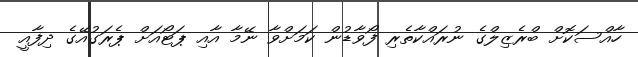
ހާއްސަކޮށް ބްރެޒިލްގެ ނުރައްކާތެރި ފޯވާޑުން ކަމަށްވާ ނޭމާ އާއި ޕަޓޯއަށް ޕެރަގުއޭގެ ދިފާއީ